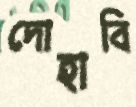
দোহাবি